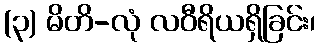
(၃) မိတိ-လုံ လဝီရိယရှိခြင်း၊